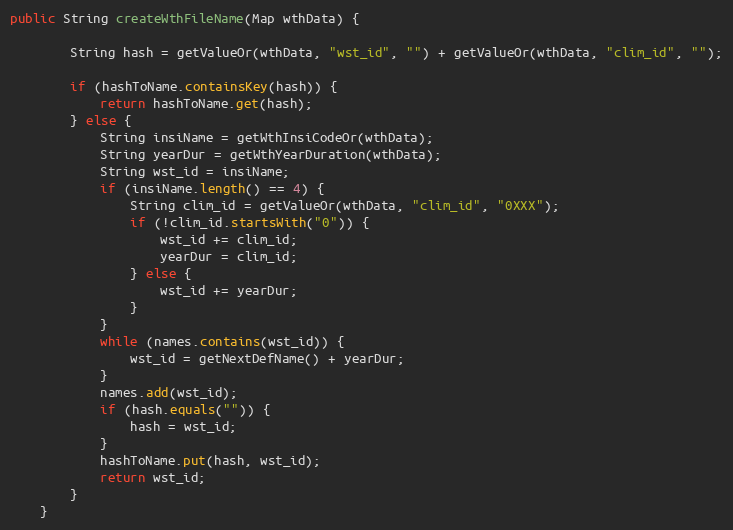
Language: Java
public String createWthFileName(Map wthData) {

        String hash = getValueOr(wthData, "wst_id", "") + getValueOr(wthData, "clim_id", "");

        if (hashToName.containsKey(hash)) {
            return hashToName.get(hash);
        } else {
            String insiName = getWthInsiCodeOr(wthData);
            String yearDur = getWthYearDuration(wthData);
            String wst_id = insiName;
            if (insiName.length() == 4) {
                String clim_id = getValueOr(wthData, "clim_id", "0XXX");
                if (!clim_id.startsWith("0")) {
                    wst_id += clim_id;
                    yearDur = clim_id;
                } else {
                    wst_id += yearDur;
                }
            }
            while (names.contains(wst_id)) {
                wst_id = getNextDefName() + yearDur;
            }
            names.add(wst_id);
            if (hash.equals("")) {
                hash = wst_id;
            }
            hashToName.put(hash, wst_id);
            return wst_id;
        }
    }